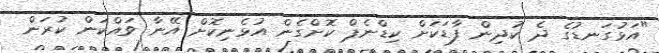
"އަޅުގަނޑުގެ ދެ ކުދިން ފާޑަކަށް ކިޑްނެޕް ކޮށްގެން އުޅެނިކޮށް އޭނާ ވައްކަން ކުރަން